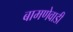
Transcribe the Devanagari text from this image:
बामणेवाडी